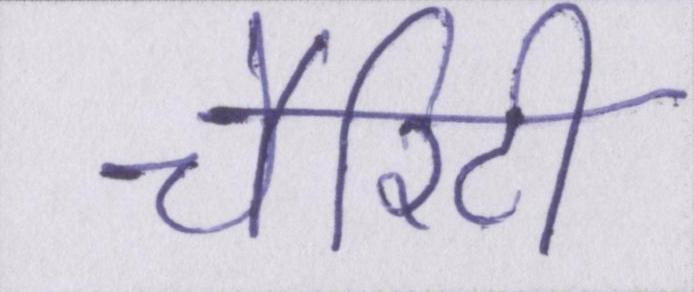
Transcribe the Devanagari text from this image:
चैरिटी